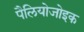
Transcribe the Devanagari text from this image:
पैलियोजोइक